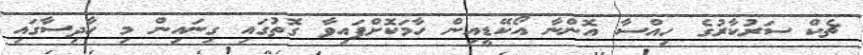
ޗެކް ސަރުކާރުގެ ހިއްސާ އޮންނާ އޯކޭޑީއިން ހާމަކޮށްފައިވާ ގޮތުގައި ގިނައިން މި ހާދިސާގައި